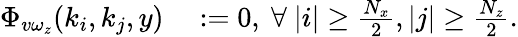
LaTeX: \begin{array}{rl}{\Phi_{v\omega_{z}}(k_{i},k_{j},y)}&{{}:=0,\ \forall\ |i|\geq\frac{N_{x}}{2},|j|\geq\frac{N_{z}}{2}.}\end{array}